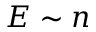
E \sim n